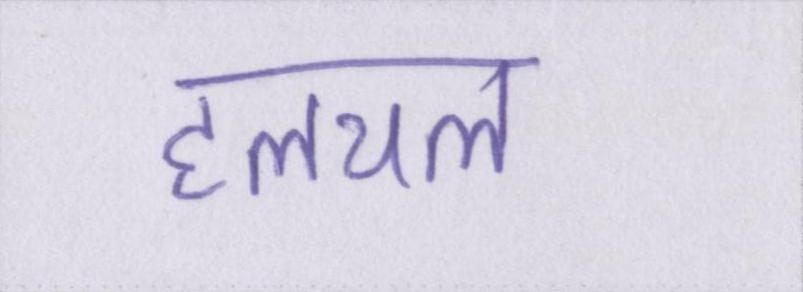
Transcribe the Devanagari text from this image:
हलचल